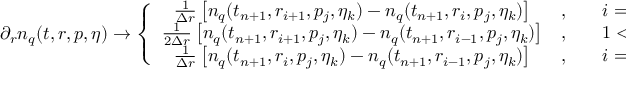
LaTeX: \partial _ { r } n _ { q } ( t , r , p , \eta ) \to \left\{ \begin{array} { c l l } { { \frac { 1 } { \Delta r } \left[ n _ { q } ( t _ { n + 1 } , r _ { i + 1 } , p _ { j } , \eta _ { k } ) - n _ { q } ( t _ { n + 1 } , r _ { i } , p _ { j } , \eta _ { k } ) \right] } } & { { , \quad } } & { { i = 1 } } \\ { { \frac { 1 } { 2 \Delta r } \left[ n _ { q } ( t _ { n + 1 } , r _ { i + 1 } , p _ { j } , \eta _ { k } ) - n _ { q } ( t _ { n + 1 } , r _ { i - 1 } , p _ { j } , \eta _ { k } ) \right] } } & { { , \quad } } & { { 1 < i < N _ { r } } } \\ { { \frac { 1 } { \Delta r } \left[ n _ { q } ( t _ { n + 1 } , r _ { i } , p _ { j } , \eta _ { k } ) - n _ { q } ( t _ { n + 1 } , r _ { i - 1 } , p _ { j } , \eta _ { k } ) \right] } } & { { , \quad } } & { { i = N _ { r } } } \end{array} \right.